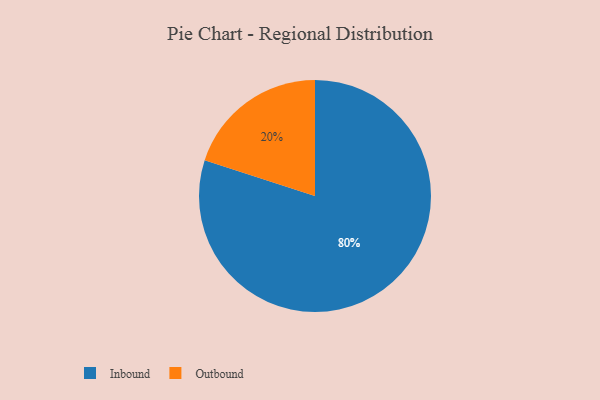
{"axis": {"x": "Category", "y": "Percentage"}, "legend": ["Inbound", "Outbound"], "data": [{"x": "Outbound", "y": 20, "type": "Outbound"}, {"x": "Inbound", "y": 80, "type": "Inbound"}]}